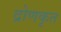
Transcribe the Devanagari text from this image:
द्रोणकृत